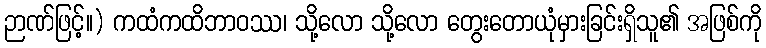
ဉာဏ်ဖြင့်။) ကထံကထိဘာဝဿ၊ သို့လော သို့လော တွေးတောယုံမှားခြင်းရှိသူ၏ အဖြစ်ကို